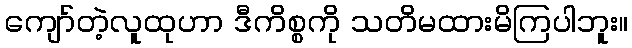
ကျော်တဲ့လူထုဟာ ဒီကိစ္စကို သတိမထားမိကြပါဘူး။